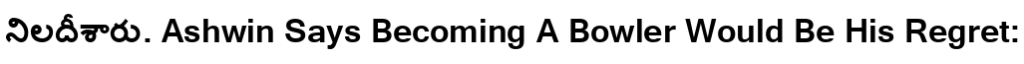
నిలదీశారు. Ashwin Says Becoming A Bowler Would Be His Regret: